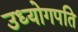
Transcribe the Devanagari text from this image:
उध्योगपति